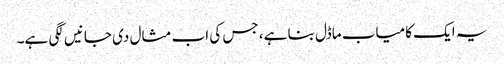
یہ ایک کامیاب ماڈل بنا ہے، جس کی اب مثال دی جانیں لگی ہے۔